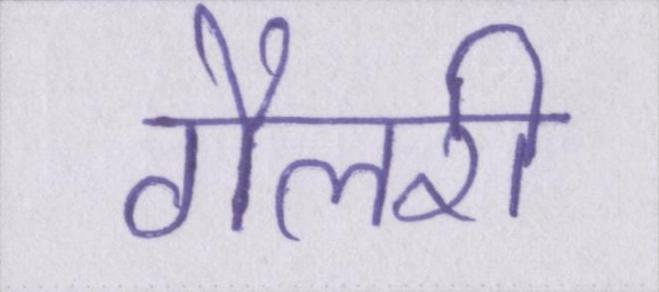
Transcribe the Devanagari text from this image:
गैलरी